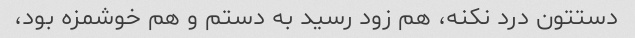
دستتون درد نکنه، هم زود رسید به دستم و هم خوشمزه بود،